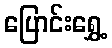
ပြောင်းရွှေ့